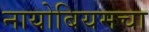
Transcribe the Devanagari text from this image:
नायोबियमचा